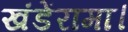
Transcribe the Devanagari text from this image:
खंडेंरामा।